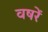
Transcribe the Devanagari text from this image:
वषरें